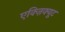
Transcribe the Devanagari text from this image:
एक्ज़िक्यूट